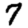
Digit: 7